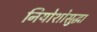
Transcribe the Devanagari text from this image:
नियोशोसुद्धा